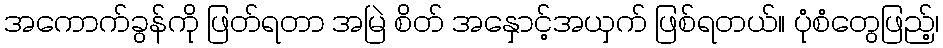
အကောက်ခွန်ကို ဖြတ်ရတာ အမြဲ စိတ် အနှောင့်အယှက် ဖြစ်ရတယ်။ ပုံစံတွေဖြည့်၊